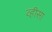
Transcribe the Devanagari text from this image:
व्हीसा